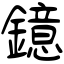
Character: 鐿